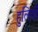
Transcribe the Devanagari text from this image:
हुलियाँ